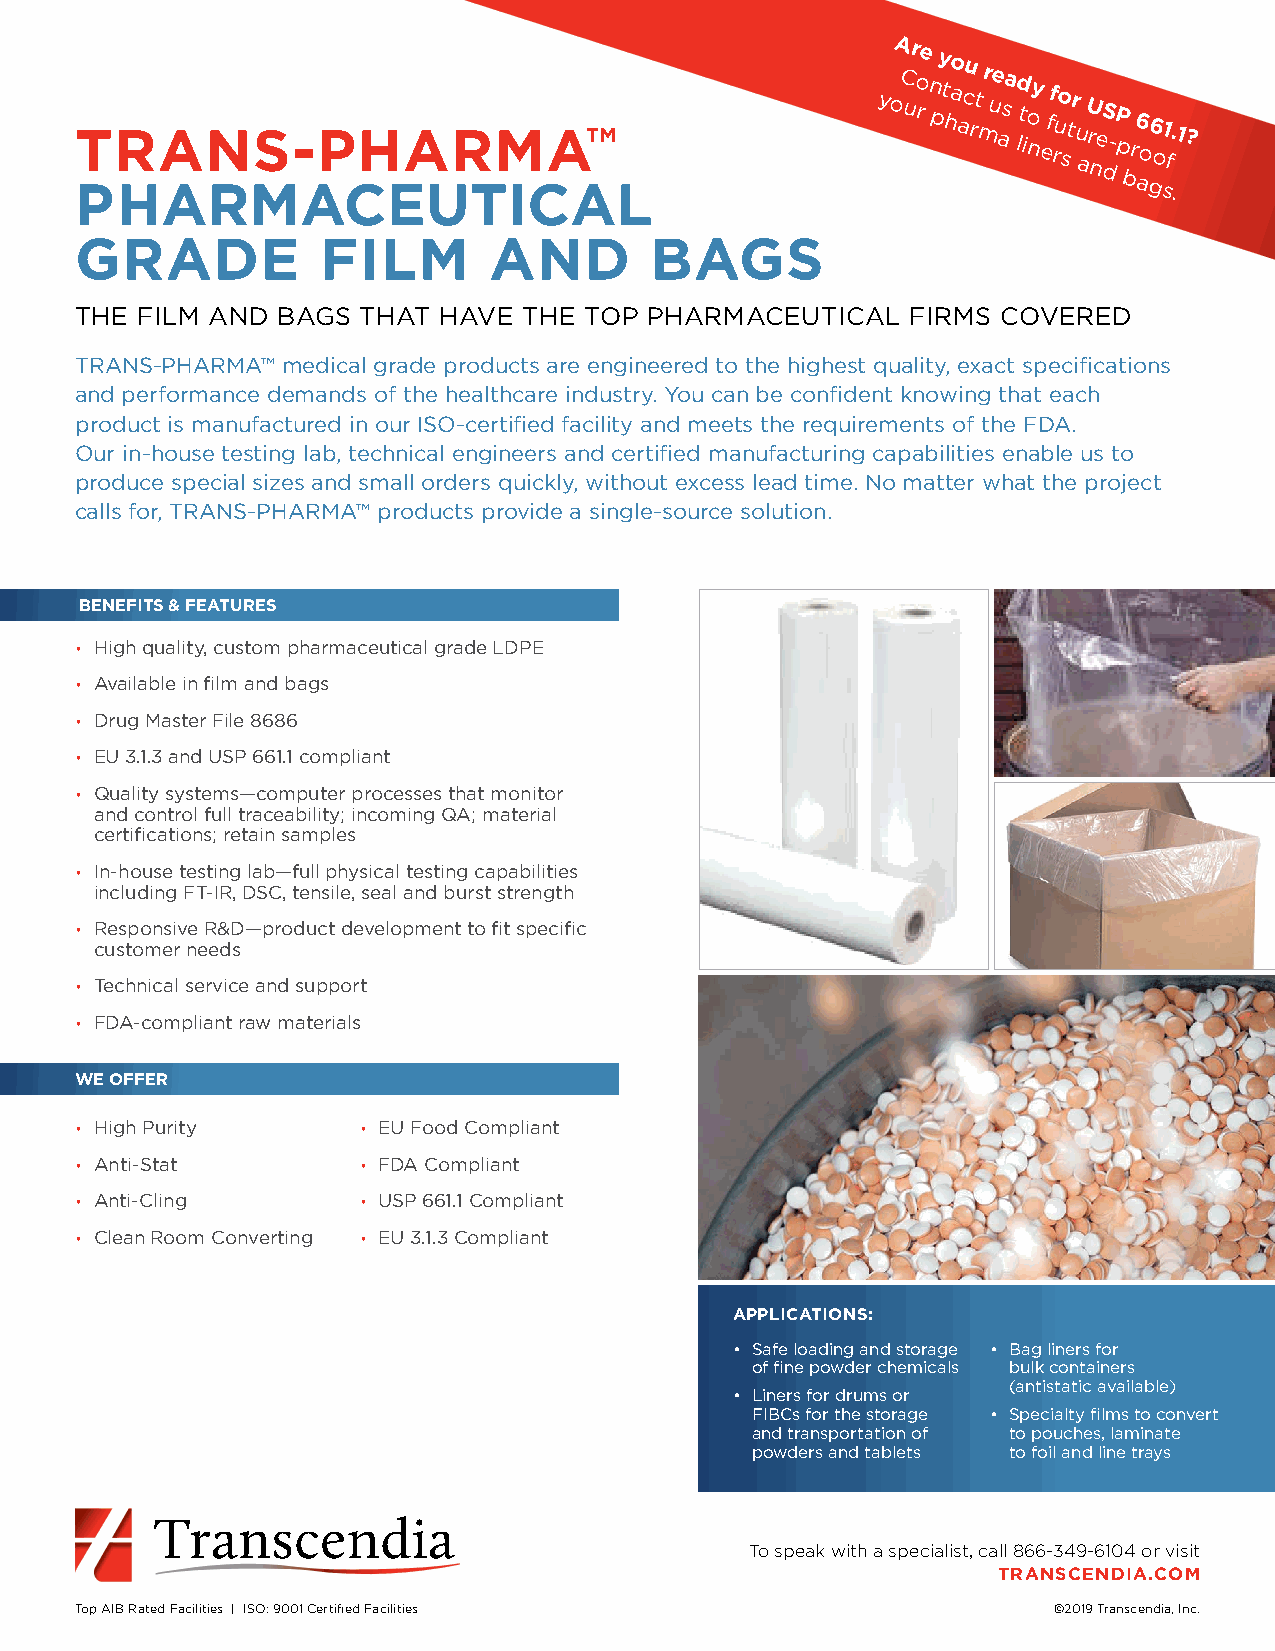
T
 P
 R HA AN RMS- AP CH EA UR TM ICA A™
 L
 yoA C ur o re n
 p
 y t ho a acu rt
 m
 r ue asa ld
 t io
 ny
 e
 ff ruo
 st
 r
 u
 a
 U r neS d-P
 p
 b
 r6
 ao
 g6
 o
 s1 f.
 .
 1?
 GRADE           FILM       AND        BAGS
 THE FILM AND BAGS  THAT HAVE  THE TOP PHARMACEUTICAL   FIRMS COVERED
 TRANS-PHARMA™ medical grade products are engineered to the highest quality, exact specifications
 and performance demands of the healthcare industry. You can be confident knowing that each
 product is manufactured in our ISO-certified facility and meets the requirements of the FDA.
 Our in-house testing lab, technical engineers and certified manufacturing capabilities enable us to
 produce special sizes and small orders quickly, without excess lead time. No matter what the project
 calls for, TRANS-PHARMA™ products provide a single-source solution.
 BENEFITS & FEATURES
 • High quality, custom pharmaceutical grade LDPE
 • Available in film and bags
 • Drug Master File 8686
 • EU 3.1.3 and USP 661.1 compliant
 • Quality systems—computer processes that monitor
 and control full traceability; incoming QA; material
 certifications; retain samples
 • In-house testing lab—full physical testing capabilities
 including FT-IR, DSC, tensile, seal and burst strength
 • Responsive R&D—product development to fit specific
 customer needs
 • Technical service and support
 • FDA-compliant raw materials
 WE OFFER
 • High Purity      • EU Food Compliant
 • Anti-Stat        • FDA Compliant
 • Anti-Cling       • USP 661.1 Compliant
 • Clean Room Converting • EU 3.1.3 Compliant
 APPLICATIONS:
 • Safe loading and storage • Bag liners for
 of fine powder chemicals bulk containers
 (antistatic available)
 • Liners for drums or
 FIBCs for the storage • Specialty films to convert
 and transportation of to pouches, laminate
 powders and tablets to foil and line trays
 To speak with a specialist, call 866-349-6104 or visit
 TRANSCENDIA.COM
 Top AIB Rated Facilities | ISO: 9001 Certified Facilities        ©2019 Transcendia, Inc.